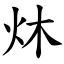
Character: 炑